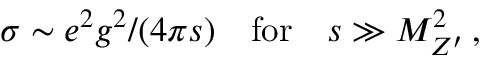
\sigma \sim e ^ { 2 } g ^ { 2 } / ( 4 \pi s ) \quad \mathrm { f o r } \quad s \gg M _ { Z ^ { \prime } } ^ { 2 } \, ,